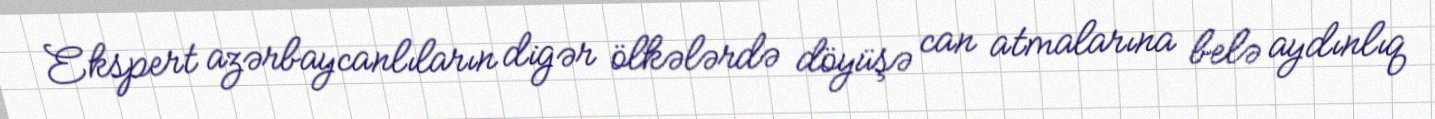
Ekspert azərbaycanlıların digər ölkələrdə döyüşə can atmalarına belə aydınlıq